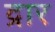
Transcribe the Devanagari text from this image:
द्रार